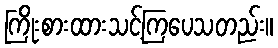
ကြိုးစားထားသင့်ကြပေသတည်း။